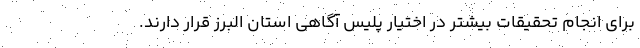
برای انجام تحقیقات بیشتر در اختیار پلیس آگاهی استان البرز قرار دارند.